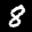
Label: 8